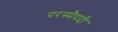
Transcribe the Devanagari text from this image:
परस्मैपदी